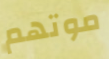
موتهم